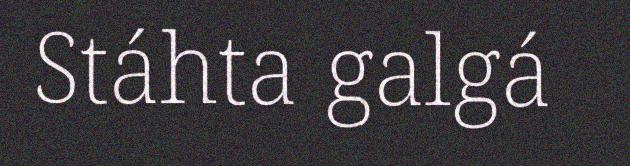
Stáhta galgá